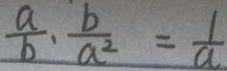
\frac { a } { b } \cdot \frac { b } { a ^ { 2 } } = \frac { 1 } { a }